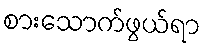
စားသောက်ဖွယ်ရာ